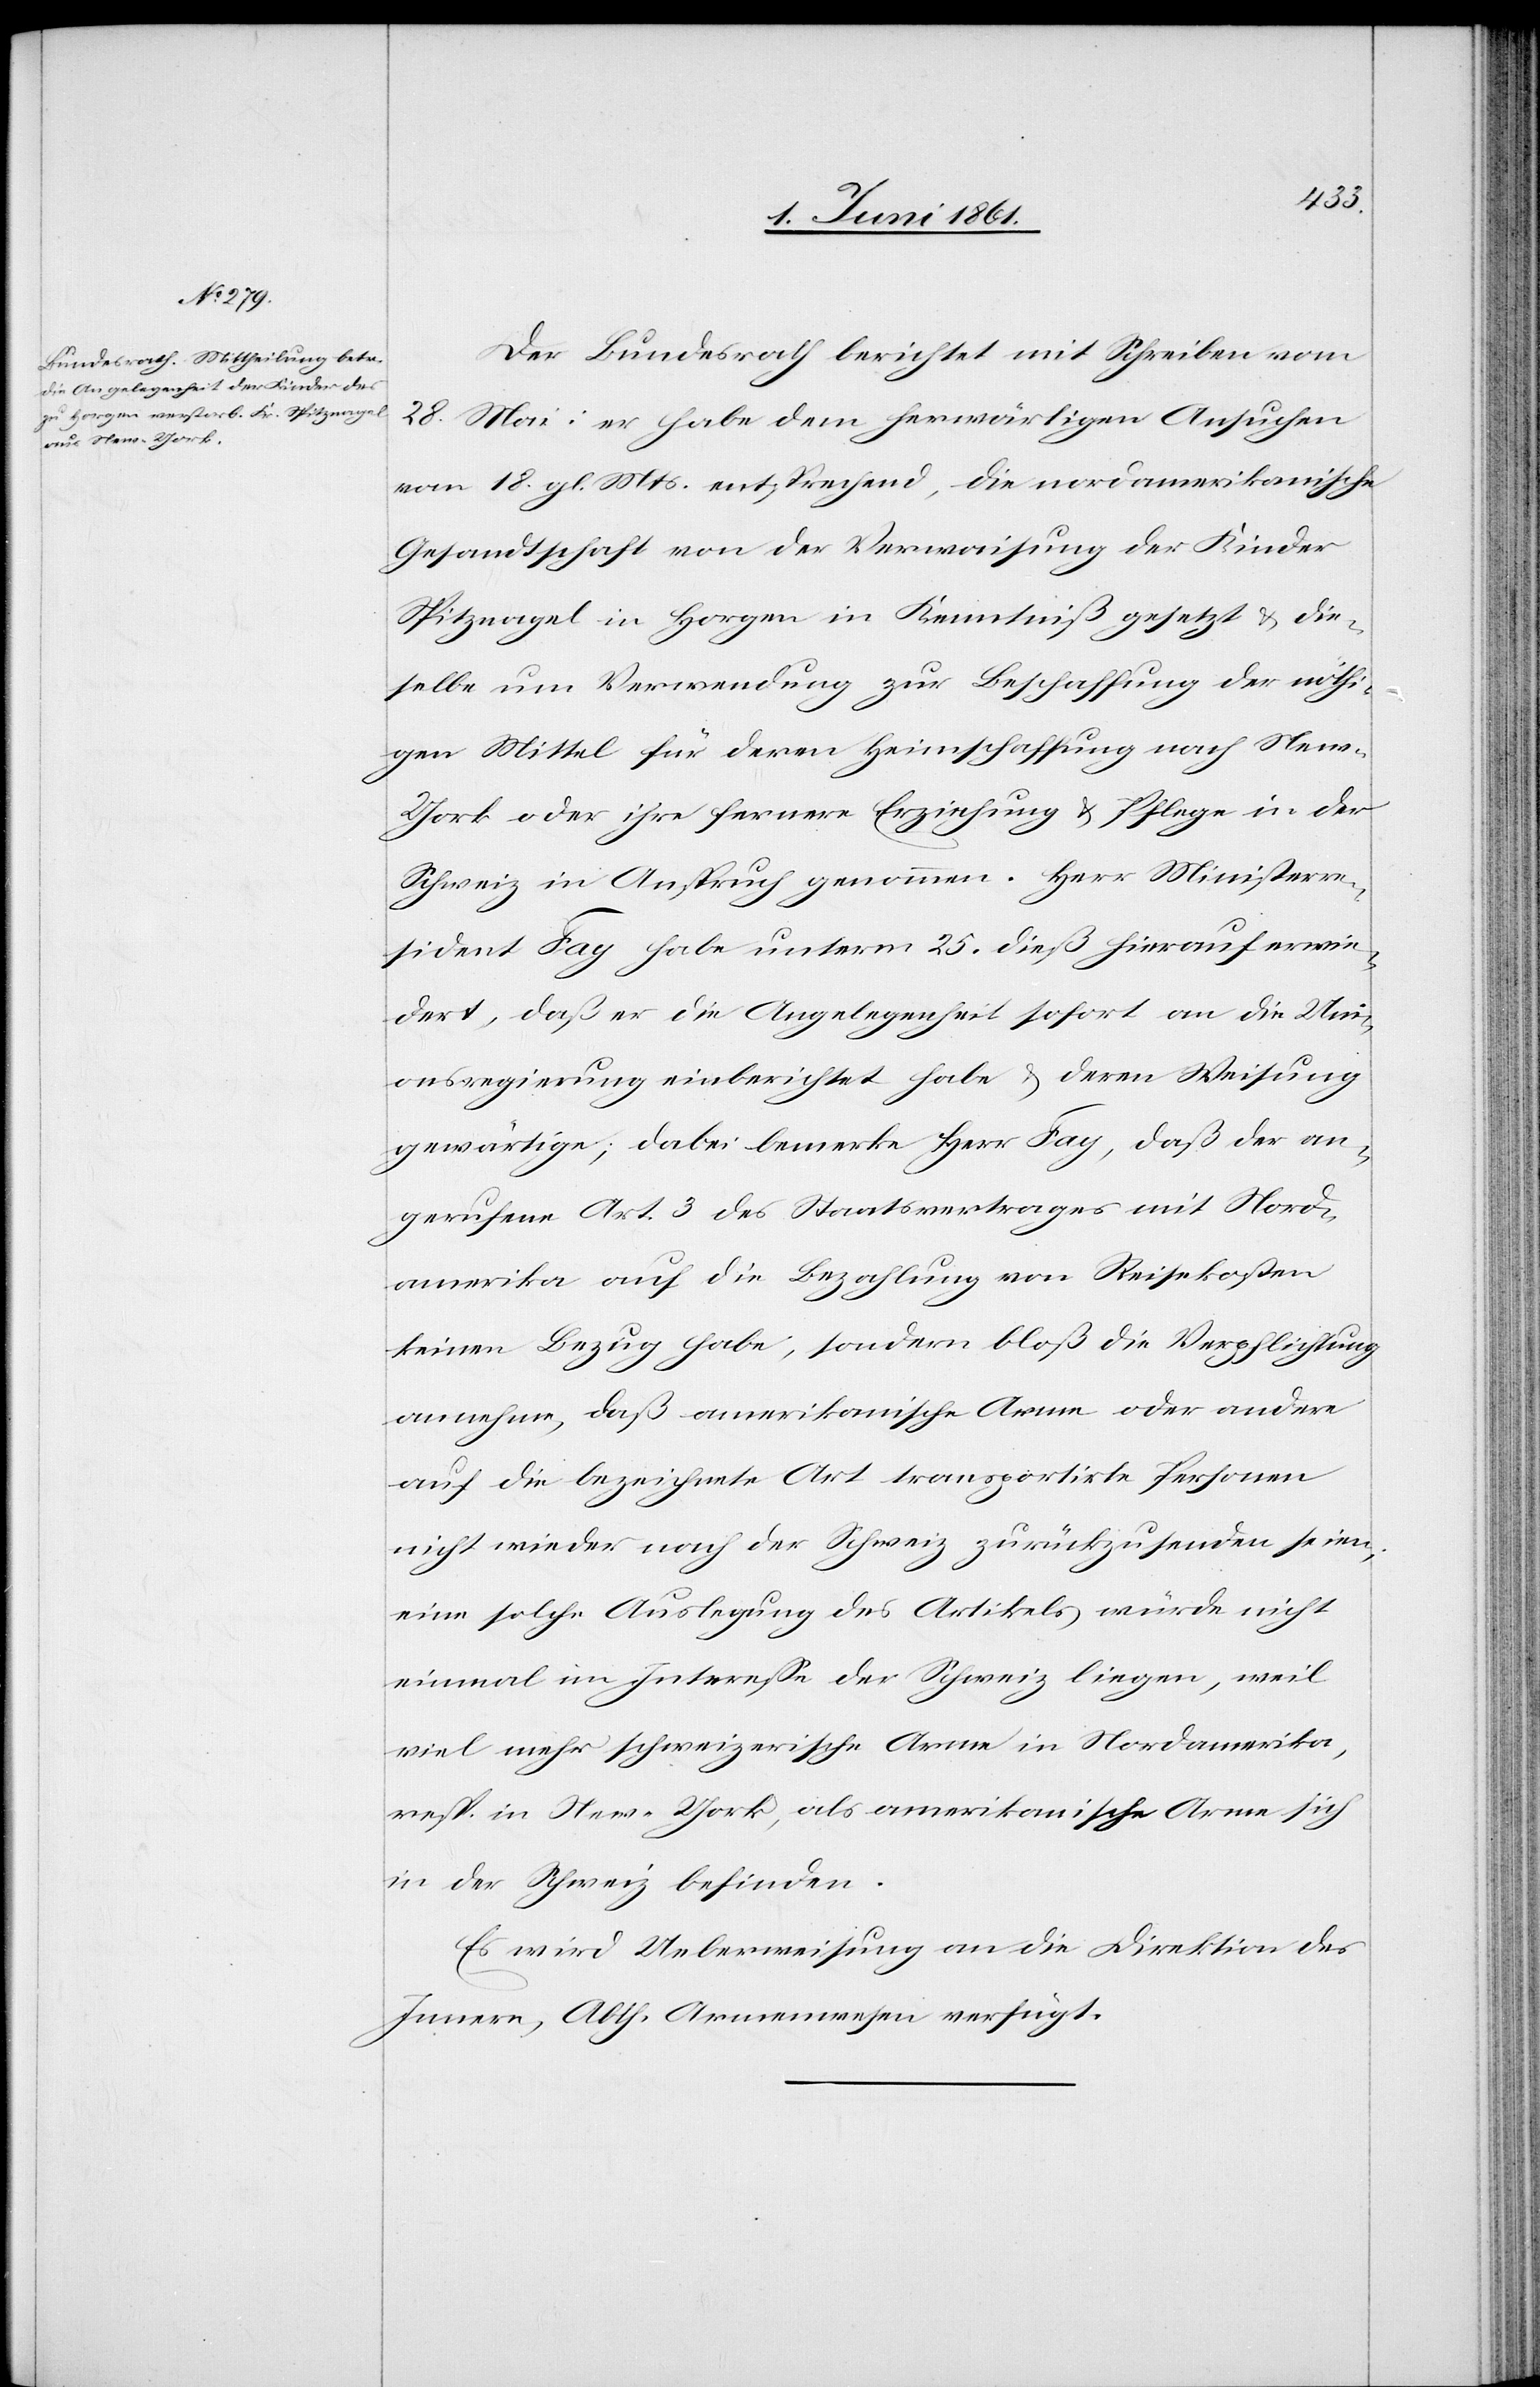
Der Bundesrath berichtet mit Schreiben vom
28. Mai: er habe dem herwärtigen Ansuchen
vom 18. gl. Mts. entsprechend, die nordamerikanische
Gesandtschaft von der Verwaisung der Kinder
Spitznagel in Horgen in Kenntniß gesetzt u. die¬
selbe um Verwendung zur Beschaffung der nöthi¬
gen Mittel für deren Heimschaffung nach Ne¬
w-York oder ihre fernere Erziehung u. Pflege in der
Schweiz in Anspruch genommen. Herr Ministerre¬
sident Fay habe unterm 25. dieß hierauf erwie¬
dert, daß er die Angelegenheit sofort an die Uni¬
onsregierung einberichtet habe u. deren Weisung
gewärtige; dabei bemerke Herr Fay, daß der an¬
gerufene Art. 3 des Staatsvertrages mit Nord¬
amerika auf die Bezahlung von Reisekosten
keinen Bezug habe, sondern bloß die Verpflichtung
annehme daß amerikanische Arme oder andere
auf die bezeichnete Art transportirte Personen
nicht wieder nach der Schweiz zurückzusenden seien;
eine solche Auslegung des Artikels würde nicht
einmal im Interesse der Schweiz liegen, weil
viel mehr schweizerische Arme in Nordamerika,
resp. in New-York, als amerikanische Arme sich
in der Schweiz befinden.
Es wird Ueberweisung an die Direktion des
Innern, Abth. Armenwesen verfügt.